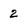
Character: 2